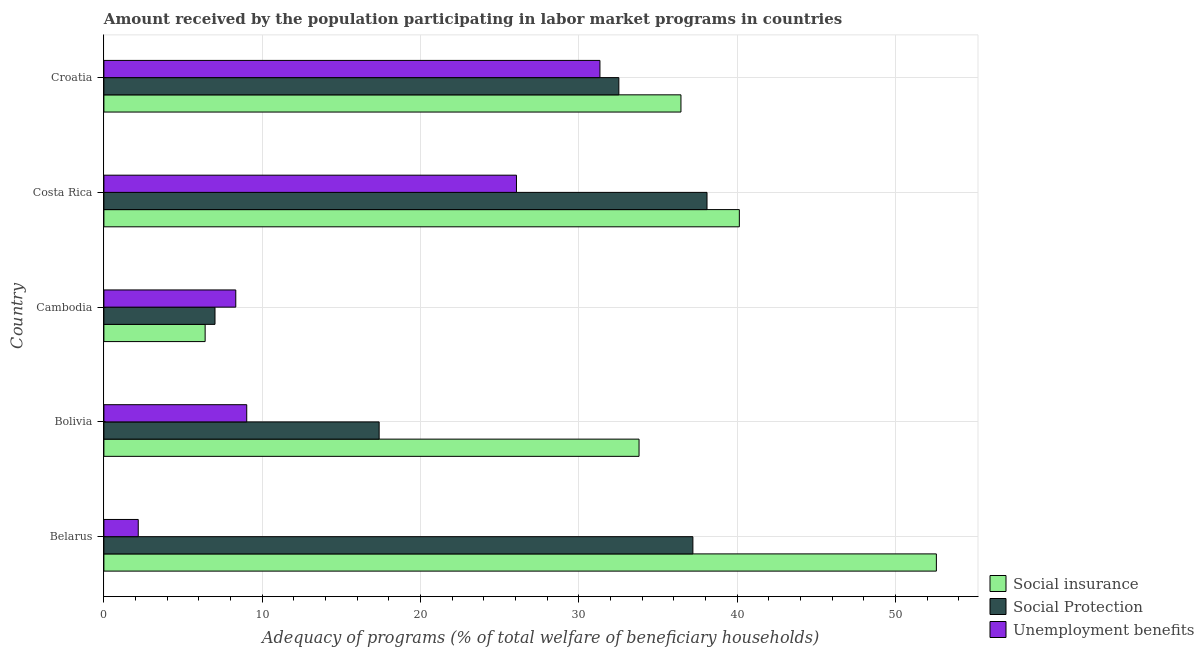
| Country | Social insurance | Social Protection | Unemployment benefits |
 | --- | --- | --- | --- |
 | Belarus | 52.6 | 37.2 | 2.17 |
 | Bolivia | 33.8 | 17.4 | 9.02 |
 | Cambodia | 6.39 | 7.02 | 8.33 |
 | Costa Rica | 40.1 | 38.1 | 26.1 |
 | Croatia | 36.4 | 32.5 | 31.3 |